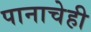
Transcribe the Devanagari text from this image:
पानाचेही